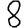
Digit: 8